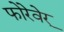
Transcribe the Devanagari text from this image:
फोरेवेर्